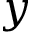
y